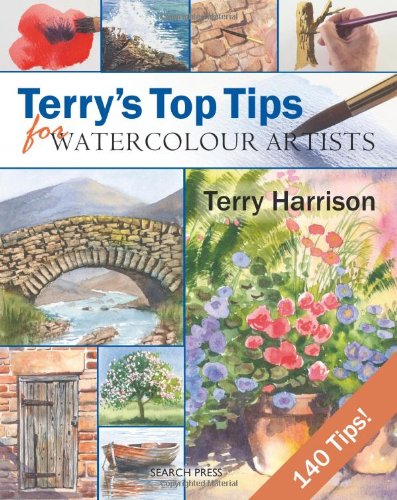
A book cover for Terry's Top Tips for Watercolour Artists; Terry Harrison; Arts & Photography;